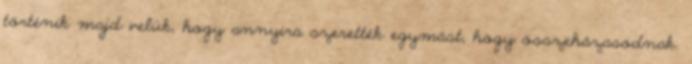
történik majd velük, hogy annyira szerették egymást, hogy összeházasodnak.